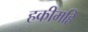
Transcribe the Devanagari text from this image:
हकीमहि